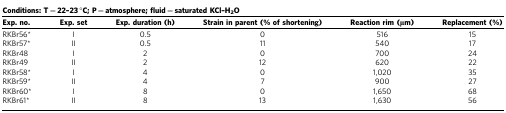
<table><thead><tr><td colspan="6"><b>Conditions: T=22–23 °C; P=atmosphere; fluid=saturated KCl–H<sub>2</sub>O</b></td></tr><tr><td><b>Exp. no.</b></td><td><b>Exp. set</b></td><td><b>Exp. duration (h)</b></td><td><b>Strain in parent (% of shortening)</b></td><td><b>Reaction rim (μm)</b></td><td><b>Replacement (%)</b></td></tr></thead><tbody><tr><td>RKBr56*</td><td>I</td><td>0.5</td><td>0</td><td>516</td><td>15</td></tr><tr><td>RKBr57*</td><td>II</td><td>0.5</td><td>11</td><td>540</td><td>17</td></tr><tr><td>RKBr48</td><td>I</td><td>2</td><td>0</td><td>700</td><td>24</td></tr><tr><td>RKBr49</td><td>II</td><td>2</td><td>12</td><td>620</td><td>22</td></tr><tr><td>RKBr58*</td><td>I</td><td>4</td><td>0</td><td>1,020</td><td>35</td></tr><tr><td>RKBr59*</td><td>II</td><td>4</td><td>7</td><td>900</td><td>27</td></tr><tr><td>RKBr60*</td><td>I</td><td>8</td><td>0</td><td>1,650</td><td>68</td></tr><tr><td>RKBr61*</td><td>II</td><td>8</td><td>13</td><td>1,630</td><td>56</td></tr></tbody></table>